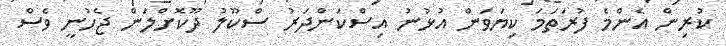
ކުރިން އެންމެ ފުރަތަމަ ކިޔަވަން އުޅުނު އިސްކަންދަރު ސްކޫލު ދޫކޮށްލަން ޖެހުނީ ވެސް